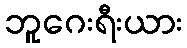
ဘူဂေးရီးယား